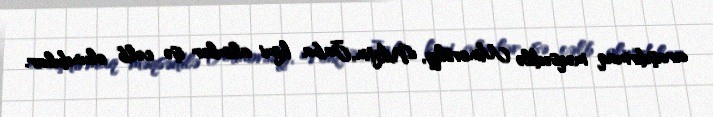
araşdırmaq məqsədilə Minorsky, Nikitin, Jaba kimi alimlər işə cəlb olundular.